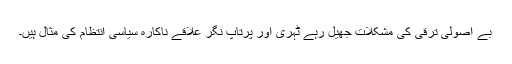
بے اصولی ترقی کی مشکلات جھیل رہے ٹہری اور پرتاپ نگر علاقے ناکارہ سیاسی انتظام کی مثال ہیں۔